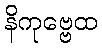
နိကုဗ္ဗေထ